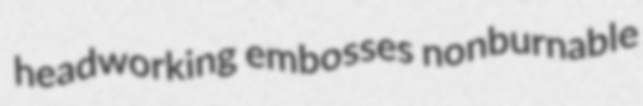
headworking embosses nonburnable